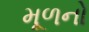
મૂળનો